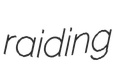
raiding